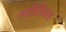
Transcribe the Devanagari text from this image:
स्टोलिडस